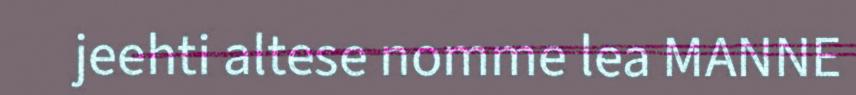
jeehti altese nomme lea MANNE